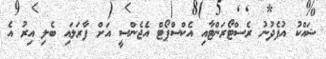
ޝައްކު އުފެދުނު ރެސްޓޯރަންޓާއި އެކްސްޕޯޓް އެޖެންސީ އަށް ފާރަލައި ބެލި އިރު އެ